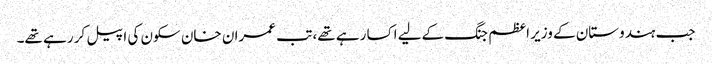
جب ہندوستان کے وزیر اعظم جنگ کےلیے اکسا رہے تھے، تب عمران خان سکون کی اپیل کر رہے تھے۔